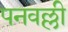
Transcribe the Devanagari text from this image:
पनवल्ली